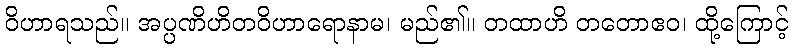
ဝိဟာရသည်။ အပ္ပဏိဟိတဝိဟာရောနာမ၊ မည်၏။ တထာဟိ တတောဧဝ၊ ထို့ကြောင့်